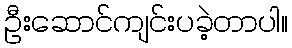
ဦးဆောင်ကျင်းပခဲ့တာပါ။